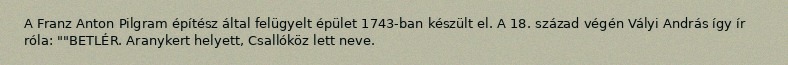
A Franz Anton Pilgram építész által felügyelt épület 1743-ban készült el. A 18. század végén Vályi András így ír róla: ""BETLÉR. Aranykert helyett, Csallóköz lett neve.